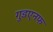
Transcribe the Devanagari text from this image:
गुडएनफ